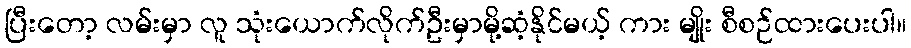
ပြီးတော့ လမ်းမှာ လူ သုံးယောက်လိုက်ဦးမှာမို့ဆံ့နိုင်မယ့် ကား မျိုး စီစဉ်ထားပေးပါ။